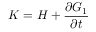
K = H + { \frac { \partial G _ { 1 } } { \partial t } }